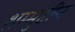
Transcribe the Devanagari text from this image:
शम्मुद्दीन